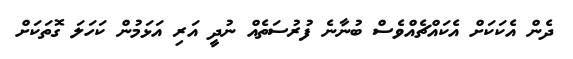
ދެން އެކަކަށް އެކައްޗެއްވެސް ބުނާނެ ފުރުސަތެއް ނުދީ އަރި އަޅަމުން ކަހަލަ ގޮތަކަށް